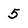
Character: 5